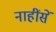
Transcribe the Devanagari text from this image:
नाहींसें